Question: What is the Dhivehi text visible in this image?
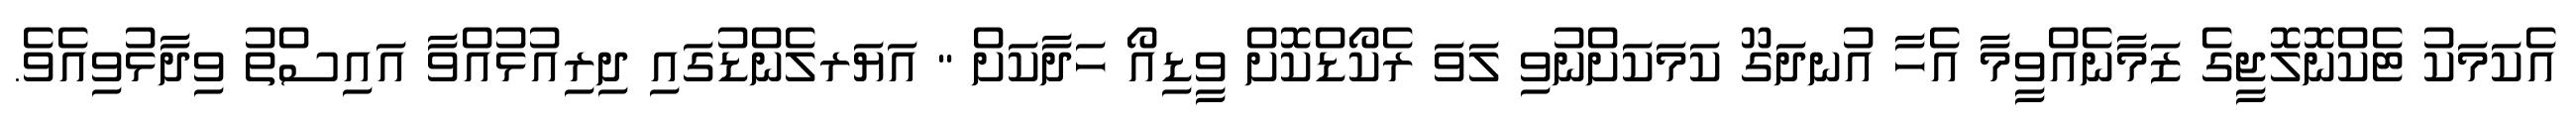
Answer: އެކަމަކު ޓެކްނޮލޮޖީގެ ޒަމާނެއްވީމާ އެހާ އުނދަގޫ ކަމަކަށްނުވި ލަވަ ރެކޯޑްކޮށް ވީޑިއޯ ހަދާކަށް " އަޔަރލެންޑުގައި ދިރިއުޅުއްވާ އައިސްތު ވިދާޅުވިއެވެ.